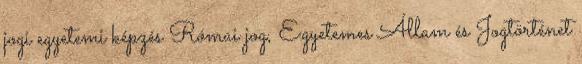
jogi egyetemi képzés Római jog, Egyetemes Állam és Jogtörténet